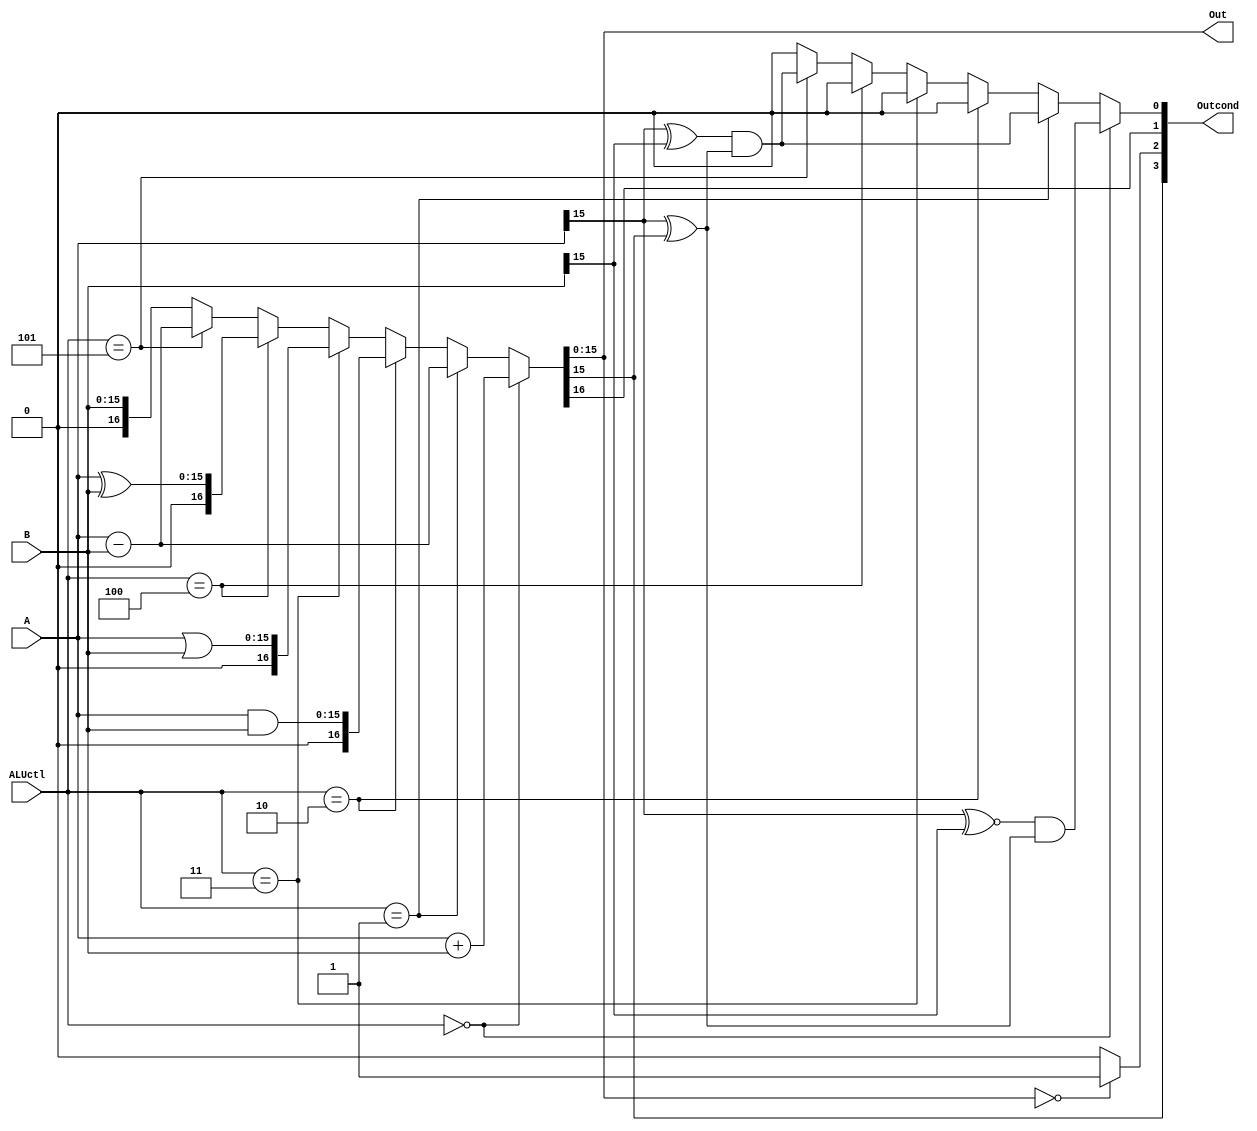
module ALU(
		input [3:0] ALUctl,
		input [15:0] A,B,
		output [15:0] Out,
		output [3:0] Outcond
		);
		wire [16:0] C;
		wire [3:0] cond;
		assign C[16:0] = (ALUctl == 4'b0000) ? A + B:
							  (ALUctl == 4'b0001) ? A - B:
							  (ALUctl == 4'b0010) ? {1'b0,A & B}:
							  (ALUctl == 4'b0011) ? {1'b0,A | B}:
							  (ALUctl == 4'b0100) ? {1'b0,A ^ B}:
							  (ALUctl == 4'b0101) ? A - B:
							  {1'b0,B};
		assign cond[3] = C[15];
		assign cond[2] = (C[15:0]==16'b0) ? 1'b1:
							   1'b0;
		assign cond[1] = C[16];
		assign cond[0] = (ALUctl == 4'b0000) ? (A[15] ~^ B[15]) & (A[15] ^ C[15]):
							  (ALUctl == 4'b0001) ? (A[15] ^ B[15]) & (A[15] ^ C[15]):
							  (ALUctl == 4'b0010) ? 1'b0:
							  (ALUctl == 4'b0011) ? 1'b0:
							  (ALUctl == 4'b0100) ? 1'b0:
							  (ALUctl == 4'b0101) ? (A[15] ^ B[15]) & (A[15] ^ C[15]):
							  1'b0;
		assign Outcond = cond;
		assign Out = C[15:0];
endmodule